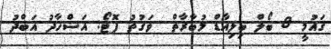
ގައުމީ 8 ބޯލް ބިލިއާޑް މުބާރާތް  ވަގުތު ފޮޓޯ: އަޝްހާދު އަބްދު